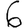
Digit: 6